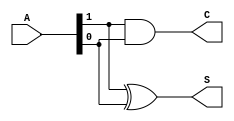
module Half_adder (A,S,C);

// definr input output with width size
output S,C;
input [0:1] A;

xor N1 (S,A[0],A[1]);
and N2 (C,A[0],A[1]);

endmodule